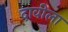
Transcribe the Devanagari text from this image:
दावीला